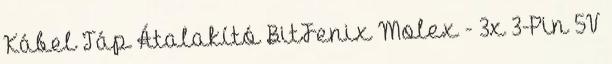
Kábel Táp Átalakító BitFenix Molex - 3x 3-Pin 5V